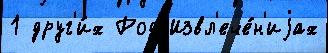
1 друг'и́х Род Извл'ече́н'иjах